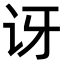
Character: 讶